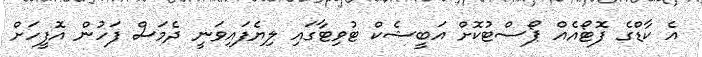
އެ ކާޑްގެ ފޮޓޯއެއް ޕޯސްޓުކޮށް އަބީޝެކް ޓުވިޓާގައި ލިޔެފައިވަނީ ދެމަސް ފަހުން އޮފީހަށް